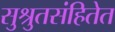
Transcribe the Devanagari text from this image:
सुश्रुतसंहितेत